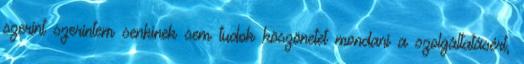
szerint szerintem senkinek sem tudok köszönetet mondani a szolgáltatásért,